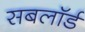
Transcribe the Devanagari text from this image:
सबलॉर्ड